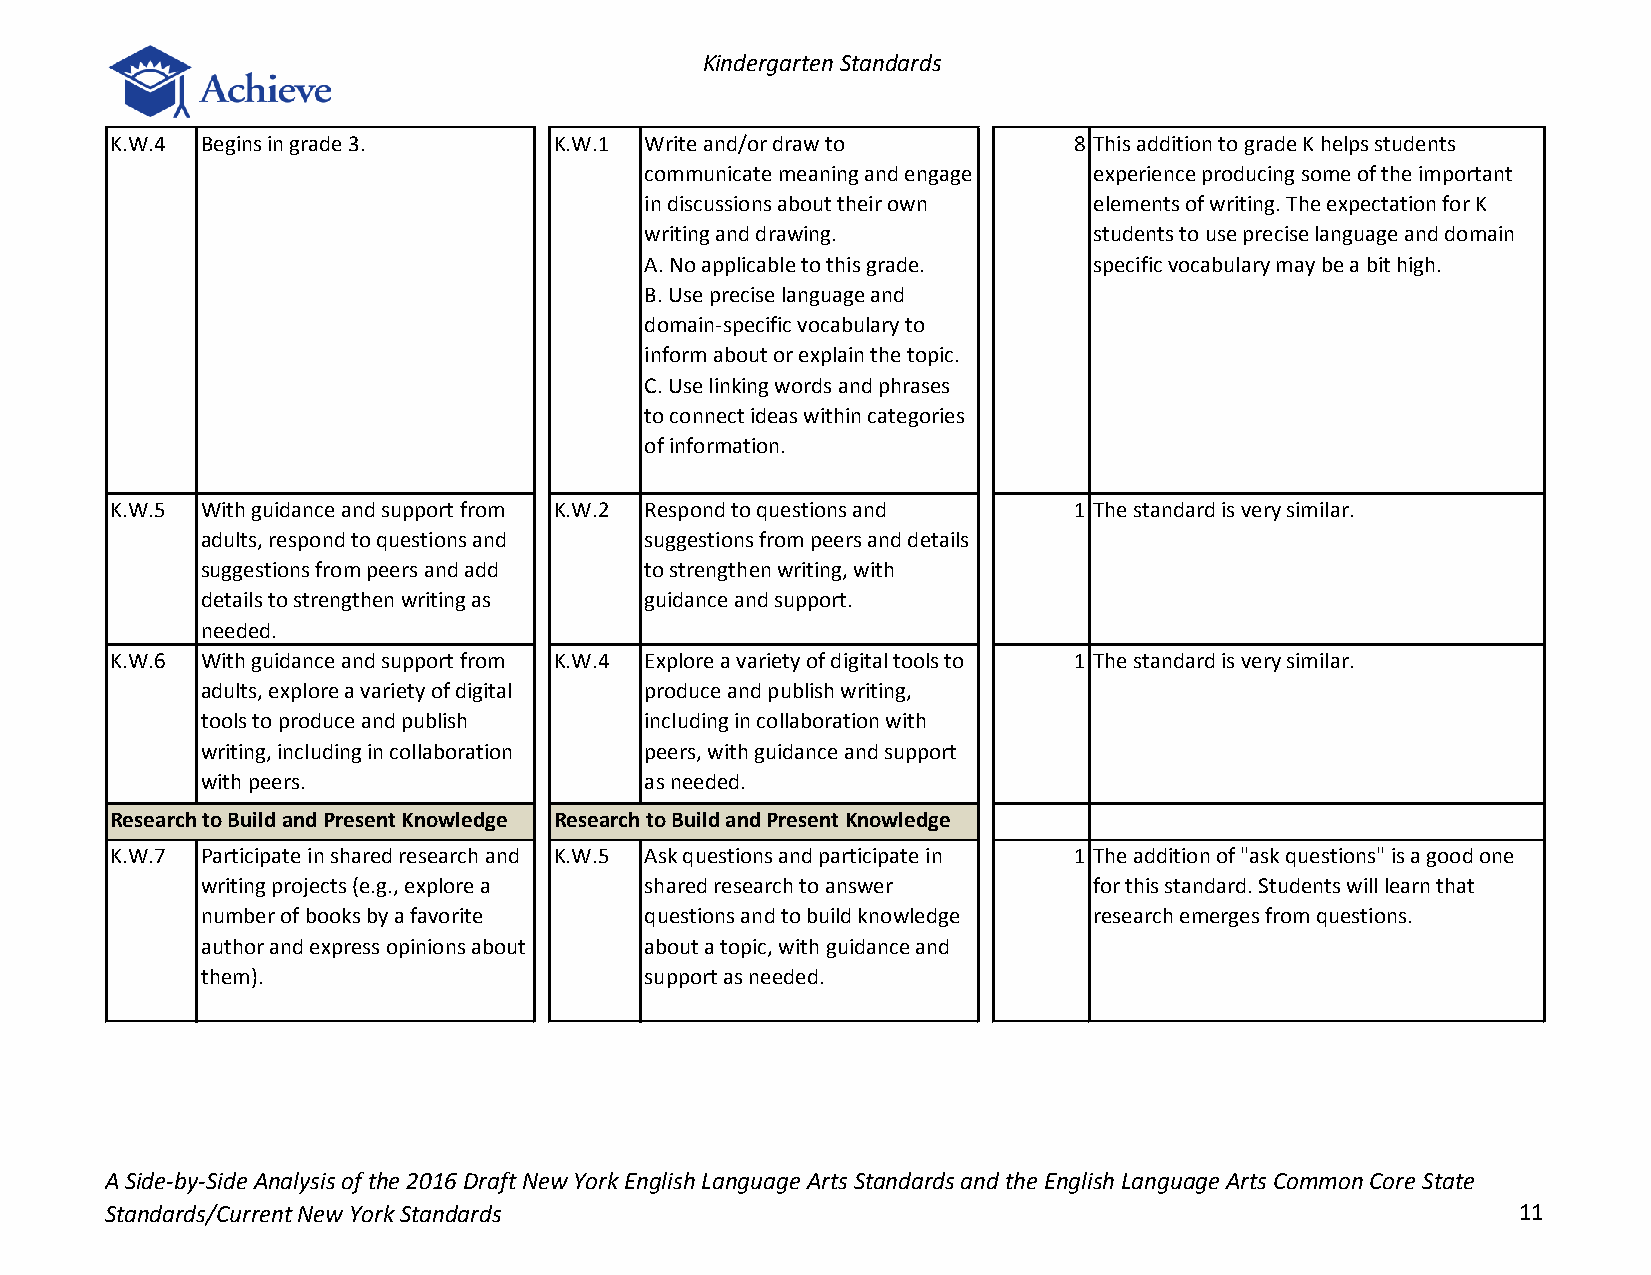
Kindergarten Standards
 K.W.4 Begins in grade 3.      K.W.1 Write and/or draw to        8 This addition to grade K helps students
 communicate meaning and engage experience producing some of the important
 in discussions about their own elements of writing. The expectation for K
 writing and drawing.         students to use precise language and domain
 A. No applicable to this grade. specific vocabulary may be a bit high.
 B. Use precise language and
 domain-specific vocabulary to
 inform about or explain the topic.
 C. Use linking words and phrases
 to connect ideas within categories
 of information.
 K.W.5 With guidance and support from K.W.2 Respond to questions and 1 The standard is very similar.
 adults, respond to questions and suggestions from peers and details
 suggestions from peers and add to strengthen writing, with
 details to strengthen writing as guidance and support.
 needed.
 K.W.6 With guidance and support from K.W.4 Explore a variety of digital tools to 1 The standard is very similar.
 adults, explore a variety of digital produce and publish writing,
 tools to produce and publish  including in collaboration with
 writing, including in collaboration peers, with guidance and support
 with peers.                   as needed.
 Research to Build and Present Knowledge Research to Build and Present Knowledge
 K.W.7 Participate in shared research and K.W.5 Ask questions and participate in 1 The addition of "ask questions" is a good one
 writing projects (e.g., explore a shared research to answer for this standard. Students will learn that
 number of books by a favorite questions and to build knowledge research emerges from questions.
 author and express opinions about about a topic, with guidance and
 them).                        support as needed.
 A Side-by-Side Analysis of the 2016 Draft New York English Language Arts Standards and the English Language Arts Common Core State
 Standards/Current New York Standards                                                         11